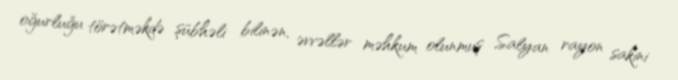
oğurluğu törətməkdə şübhəli bilinən, əvvəllər məhkum olunmuş Salyan rayon sakini